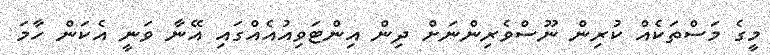
މީގެ މަސްތަކެއް ކުރިން ނޫސްވެރިންނަށް ދިން އިންޓަވިއުއެއްގައި އޭނާ ވަނީ އެކަން ހާމަ